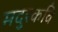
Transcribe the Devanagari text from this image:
मदुरकवि